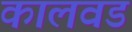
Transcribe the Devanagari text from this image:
कालवड